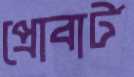
প্রোবার্ট